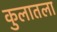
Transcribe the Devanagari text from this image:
कुलातला